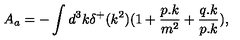
A _ { a } = - \int d ^ { 3 } k \delta ^ { + } ( k ^ { 2 } ) ( 1 + { \frac { p . k } { m ^ { 2 } } } + { \frac { q . k } { p . k } } ) ,